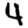
Digit: 4